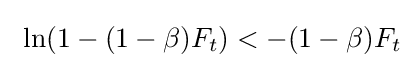
\ \ln(1-(1-\beta )F_{t})<-(1-\beta )F_{t}